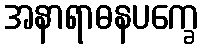
အနာရာဓနပက္ခေ